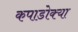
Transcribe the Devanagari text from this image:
कपाडोक्या